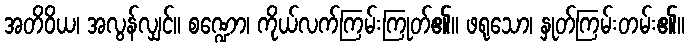
အတိဝိယ၊ အလွန်လျှင်။ စဏ္ဍော၊ ကိုယ်လက်ကြမ်းကြုတ်၏။ ဖရုသော၊ နှုတ်ကြမ်းတမ်း၏။